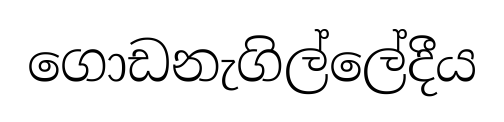
ගොඩනැගිල්ලේදීය